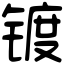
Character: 镀